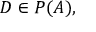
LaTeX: D \in P ( A ) ,